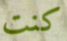
كنت